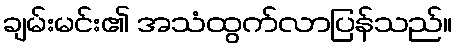
ချမ်းမင်း၏ အသံထွက်လာပြန်သည်။